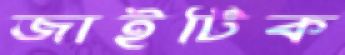
জাইটিক